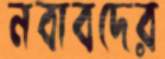
নবাবদের